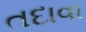
તદાવા